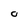
Character: o